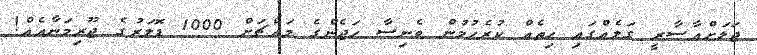
ޖަލަށްއާސާރީ ގަލެއްގައި ހިތެއް ކުރެހުމުން ވެނިސާ ހަޖެންގެ މައްޗަށް 1000 ޑޮލަރުގެ ޖޫރިމަނާއެއް!